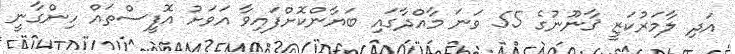
އަދި ލާމަރުކަޒީ ޤާނޫނުގެ 55 ވަނަ މާއްދާގައި ބަޔާންކޮށްފައިވާ އަވަށު އޮފީސްތައް ހިންގާނީ